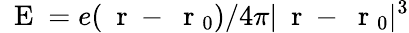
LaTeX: \mathrm{~\mathbf~E~}=e(\mathrm{~\mathbf~r~}-\mathrm{~\mathbf~r~}_{0})/4\pi|\mathrm{~\mathbf~r~}-\mathrm{~\mathbf~r~}_{0}|^{3}